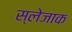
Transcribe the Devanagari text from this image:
स्लेजाक